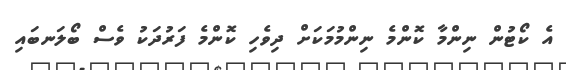
އެ ކޯޓުން ނިންމާ ކޮންމެ ނިންމުމަކަށް ދިވެހި ކޮންމެ ފަރުދަކު ވެސް ބޯލަނބައި